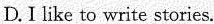
D.I like to write stories.